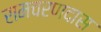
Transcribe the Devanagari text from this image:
रामचरणदास